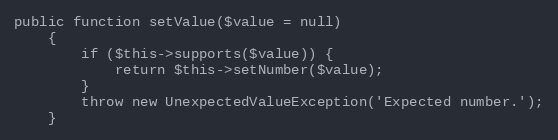
Language: PHP
public function setValue($value = null)
    {
        if ($this->supports($value)) {
            return $this->setNumber($value);
        }
        throw new UnexpectedValueException('Expected number.');
    }